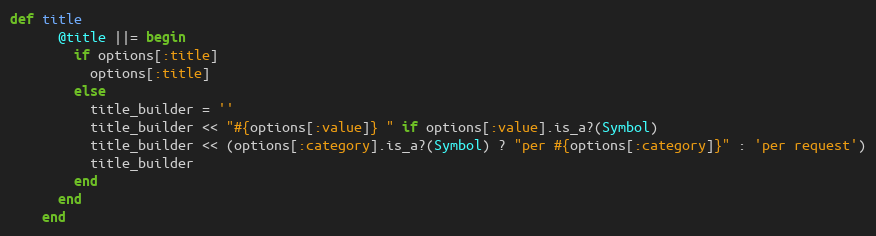
Language: Ruby
def title
      @title ||= begin
        if options[:title]
          options[:title]
        else
          title_builder = ''
          title_builder << "#{options[:value]} " if options[:value].is_a?(Symbol)
          title_builder << (options[:category].is_a?(Symbol) ? "per #{options[:category]}" : 'per request')
          title_builder
        end
      end
    end